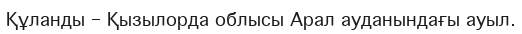
Құланды – Қызылорда облысы Арал ауданындағы ауыл.